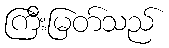
ကြီးမြတ်သည်